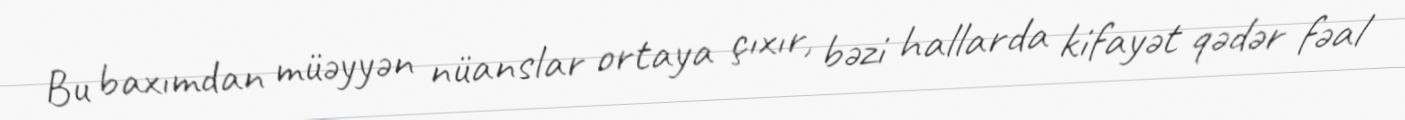
Bu baxımdan müəyyən nüanslar ortaya çıxır, bəzi hallarda kifayət qədər fəal